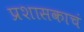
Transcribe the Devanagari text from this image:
प्रशासकाचं